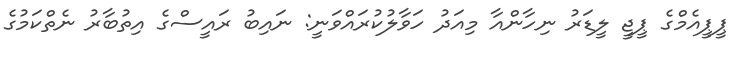
ޕީޕީއެމްގެ ޕީޖީ ލީޑަރު ނިހާންއާ މިއަދު ހަވާލުކުރައްވަނީ: ނައިބު ރައީސްގެ އިތުބާރު ނެތްކަމުގެ